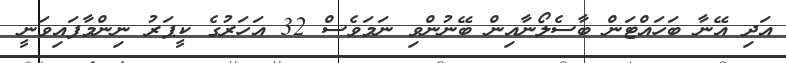
އަދި އޭނާ ބަހައްޓަން ބާސެލޯނާއިން ބޭނުންވި ނަމަވެސް 32 އަހަރުގެ ކީޕަރު ނިންމާފައިވަނީ